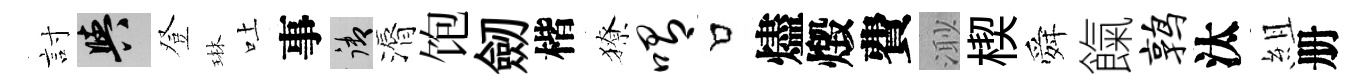
討阳登琳吐事御漘饱劒楷獠喟口燼燬費𣺌楔舜餼鹑汰組册